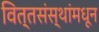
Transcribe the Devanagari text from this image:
वित्तसंस्थांमधून